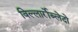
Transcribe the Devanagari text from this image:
विल्लार्रोब्लेदो